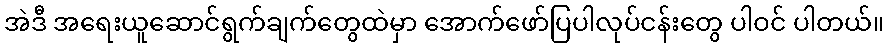
အဲဒီ အရေးယူဆောင်ရွက်ချက်တွေထဲမှာ အောက်ဖော်ပြပါလုပ်ငန်းတွေ ပါဝင် ပါတယ်။